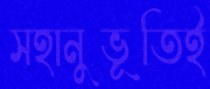
সহানুভূতিই